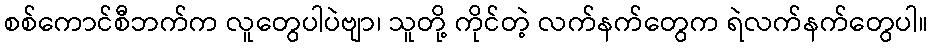
စစ်ကောင်စီဘက်က လူတွေပါပဲဗျာ၊ သူတို့ ကိုင်တဲ့ လက်နက်တွေက ရဲလက်နက်တွေပါ။